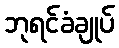
ဘုရင်ခံချုပ်